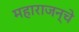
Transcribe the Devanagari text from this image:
महाराजन्चे